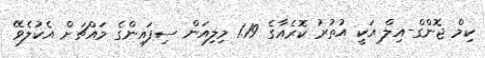
ކިމް ޖޮންގް-އިލް އަކީ އުތުރު ކޮރެއާގެ 1.19 މިލިއަން ސިފައިންގެ މައްޗަށް އެކުލެވޭ